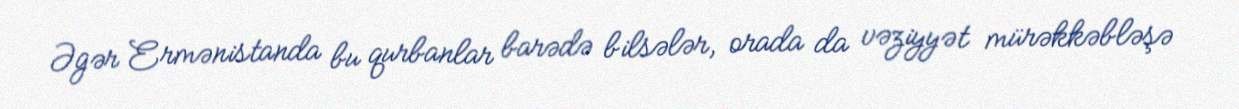
Əgər Ermənistanda bu qurbanlar barədə bilsələr, orada da vəziyyət mürəkkəbləşə